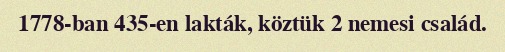
1778-ban 435-en lakták, köztük 2 nemesi család.